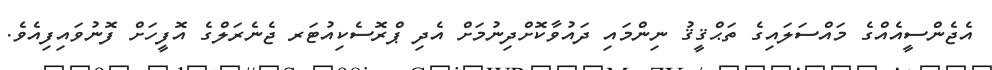
އެޖެންސީއެއްގެ މައްސަލައިގެ ތަޙްޤީޤު ނިންމައި ދައުވާކޮށްދިނުމަށް އެދި ޕްރޮސެކިއުޓަރ ޖެނެރަލްގެ އޮފީހަށް ފޮނުވައިފިއެވެ.